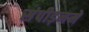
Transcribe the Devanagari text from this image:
संपीड़नमें